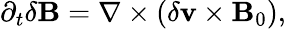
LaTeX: \begin{array}{r}{\partial_{t}\delta\mathbf{B}=\nabla\times(\delta\mathbf{v}\times\mathbf{B}_{0}),}\end{array}